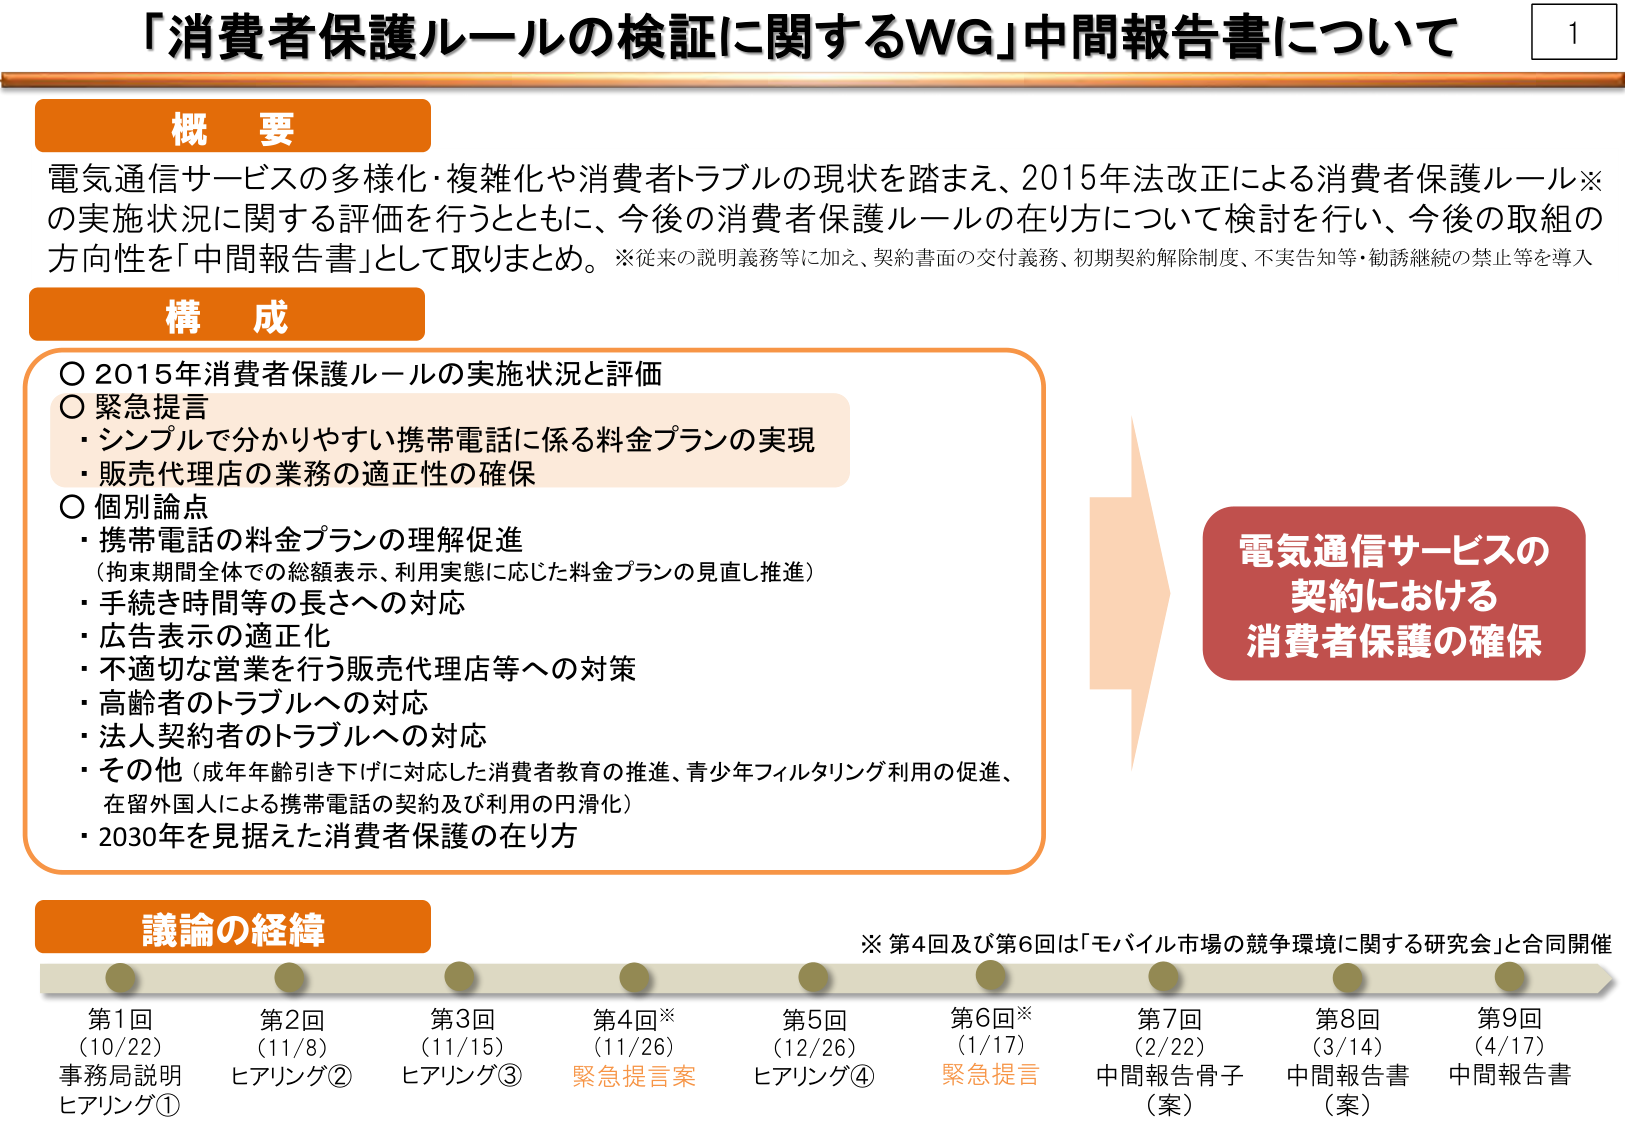
「消費者保護ルールの検証に関するWG」中間報告書について

概要
電気通信サービスの多様化・複雑化や消費者トラブルの現状を踏まえ、2015年法改正による消費者保護ルール※の実施状況に関する評価を行うとともに、今後の消費者保護ルールの在り方について検討を行い、今後の取組の方向性を「中間報告書」として取りまとめ。※従来の説明義務等に加え、契約書面の交付義務、初期契約解除制度、不実告知等・勧誘継続の禁止等を導入

構成
〇 2015年消費者保護ルールの実施状況と評価
〇 緊急提言
・シンプルで分かりやすい携帯電話に係る料金プランの実現
・販売代理店の業務の適正性の確保
〇 個別論点
・携帯電話の料金プランの理解促進
（拘束期間全体での総額表示、利用実態に応じた料金プランの見直し推進）
・手続き時間等の長さへの対応
・広告表示の適正化
・不適切な営業を行う販売代理店等への対策
・高齢者のトラブルへの対応
・法人契約者のトラブルへの対応
・その他（成年年齢引き下げに対応した消費者教育の推進、青少年フィルタリング利用の促進、在留外国人による携帯電話の契約及び利用の円滑化）
・2030年を見据えた消費者保護の在り方

電気通信サービスの
契約における
消費者保護の確保

議論の経緯
※ 第4回及び第6回は「モバイル市場の競争環境に関する研究会」と合同開催

第1回
(10/22)
事務局説明
ヒアリング①

第2回
(11/8)
ヒアリング②

第3回
(11/15)
ヒアリング③

第4回※
(11/26)
緊急提言案

第5回
(12/26)
ヒアリング④

第6回※
(1/17)
緊急提言

第7回
(2/22)
中間報告骨子
（案）

第8回
(3/14)
中間報告書
（案）

第9回
(4/17)
中間報告書